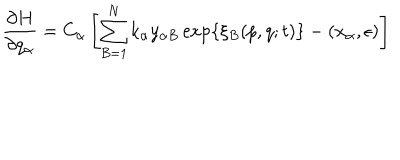
\frac { \partial H } { \partial q _ { \alpha } } = C _ { \alpha } \left[ \sum _ { B = 1 } ^ { N } k _ { \alpha } y _ { \alpha B } \exp \left\{ \xi _ { B } ( p , q ; t ) \right\} - ( x _ { \alpha } , \epsilon ) \right]